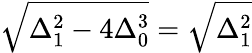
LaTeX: {\sqrt{\Delta_{1}^{2}-4\Delta_{0}^{3}}}={\sqrt{\Delta_{1}^{2}}}